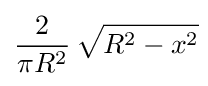
{\frac {2}{\pi R^{2}}}\,{\sqrt {R^{2}-x^{2}}}\!